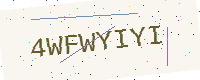
Text: 4WFWYIYI